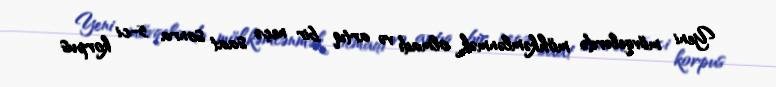
Yeni mövqelərdə möhkəmlənmək olmadı və artıq bir neçə saat sonra 5-ci korpus